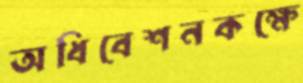
অধিবেশনকক্ষে